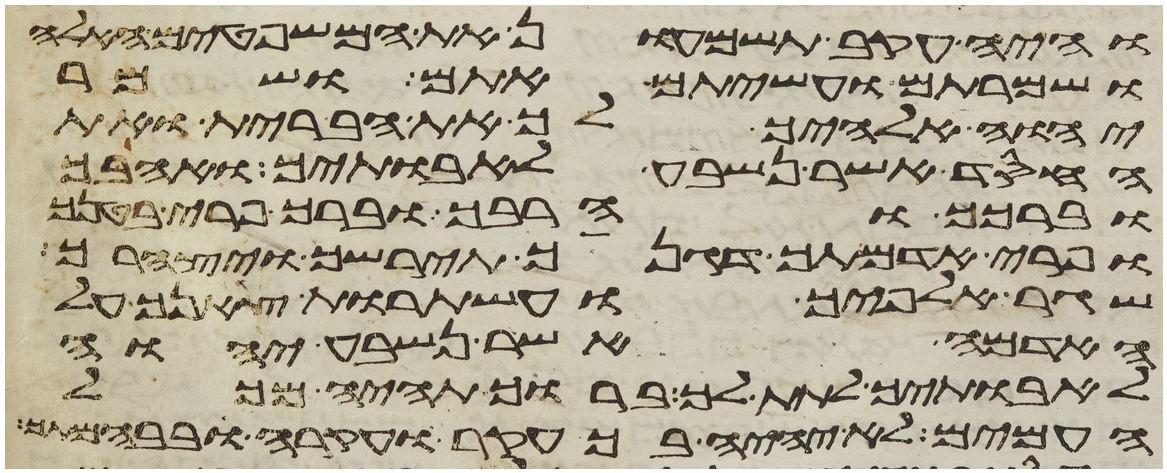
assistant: והיה עקב תשמעון את המשפטים האלה
ושמרתם ועשיתם אתם ושמר
יהוה אלהיך לך את הברית ואת
החסד אשר נשבע לאבתיך ואהבך
וברכך והרבך וברך פרי בטנך
ופרי אדמתך דגנך תירשך ויצהרך
שגר אלפיך ועשתרות צאנך על
האדמה אשר נשבע יהוה
לאבתיך לתת לך ברוך תהיה מכל
העמים לא יהיה בך עקר ועקרה ובבהמתך